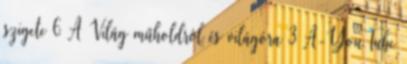
szigete 6 A Világ műholdról és világóra 3 A-YouTube